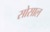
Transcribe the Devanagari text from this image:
सोसाल